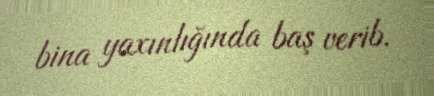
bina yaxınlığında baş verib.